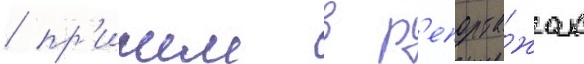
/ пр'ичем в р'епорта́жах